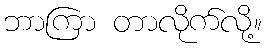
ဘာကြာ တာလိုက်လို့။